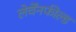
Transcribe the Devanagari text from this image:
लेर्चेंनफील्ड